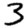
Digit: 3